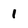
Character: 1